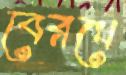
বেরথে